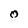
Character: O